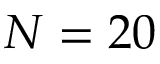
N = 2 0